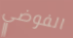
الفوضي